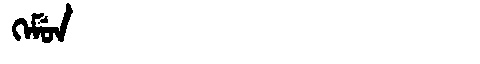
Manchu: ᡴᡝᠮᡠᠨ
Romanization: KEMUN